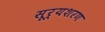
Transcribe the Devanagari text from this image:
सूर्यशरण